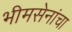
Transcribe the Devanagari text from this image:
भीमसेनांचा